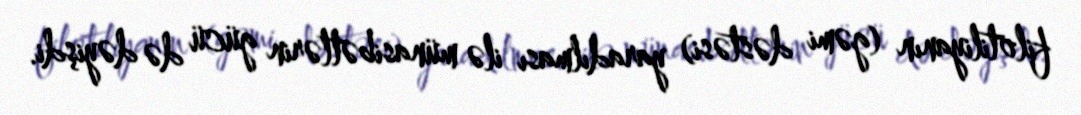
filotiliyanın (gəmi dəstəsi) yaradılması ilə münasibətlərin gücü də dəyişdi.